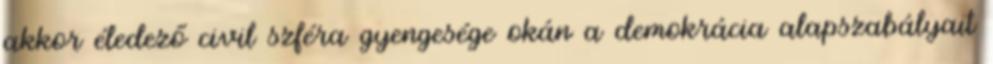
akkor éledező civil szféra gyengesége okán a demokrácia alapszabályait